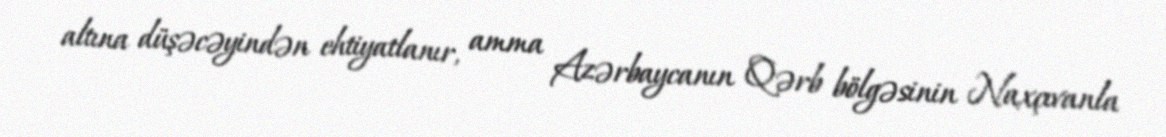
altına düşəcəyindən ehtiyatlanır, amma Azərbaycanın Qərb bölgəsinin Naxçıvanla